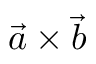
{ \vec { a } } \times { \vec { b } }